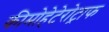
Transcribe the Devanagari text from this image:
कीमोहेटेरोट्राफ